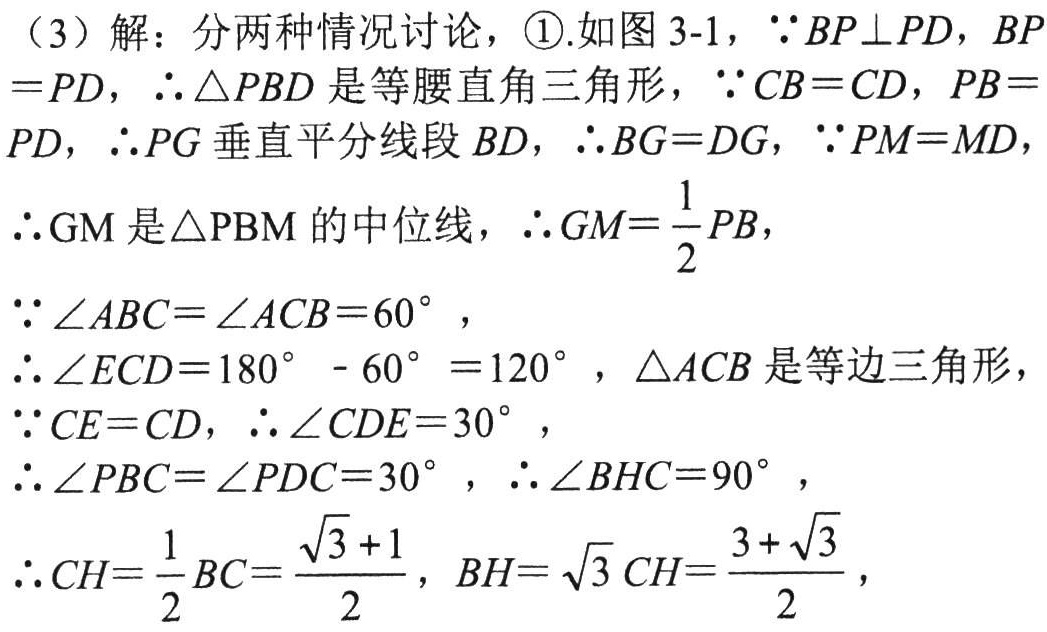
（3）解：分两种情况讨论，\textcircled{1}.如图3-1，\(\because BP\perp PD\)，\(BP = PD\)，\(\therefore\triangle PBD\)是等腰直角三角形，\(\because CB = CD\)，\(PB = PD\)，\(\therefore PG\)垂直平分线段\(BD\)，\(\therefore BG = DG\)，\(\because PM = MD\)，
\(\therefore \text{GM}\)是\(\triangle\text{PBM}\)的中位线，\(\therefore GM=\frac{1}{2}PB\)，
\(\because\angle ABC=\angle ACB = 60^{\circ}\)，
\(\therefore\angle ECD=180^{\circ}- 60^{\circ}=120^{\circ}\)，\(\triangle ACB\)是等边三角形，
\(\because CE = CD\)，\(\therefore\angle CDE = 30^{\circ}\)，
\(\therefore\angle PBC=\angle PDC = 30^{\circ}\)，\(\therefore\angle BHC = 90^{\circ}\)，
\(\therefore CH=\frac{1}{2}BC=\frac{\sqrt{3}+1}{2}\)，\(BH = \sqrt{3}CH=\frac{3+\sqrt{3}}{2}\)，